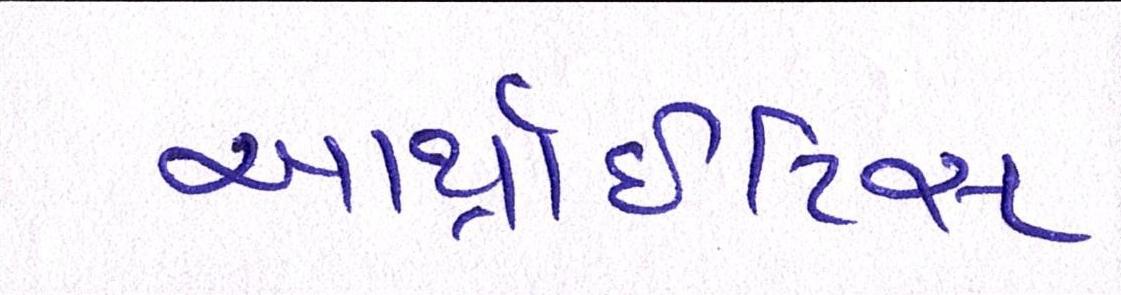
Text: આર્થ્રાઈટિસ